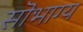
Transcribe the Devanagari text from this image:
सॊभाग्य